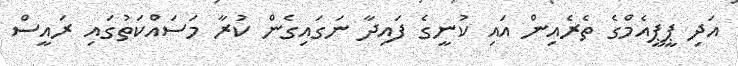
އަދި ޕީޕީއެމްގެ ތެރެއިން އައި ކުނީގެ ފައިދާ ނަގައިގެން ކުރާ މަސައްކަތުގައި ރައީސް